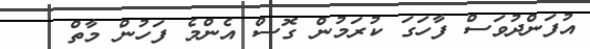
އުފަންދުވަސް ފާހަގަ ކުރަމުން ގޮސް އެންމެ ފަހުން މާތް